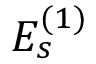
{ E } _ { s } ^ { ( 1 ) }